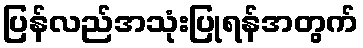
ပြန်လည်အသုံးပြုရန်အတွက်